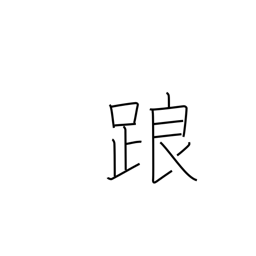
Meaning: falter